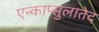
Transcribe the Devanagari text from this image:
एन्काप्सुलातेद